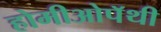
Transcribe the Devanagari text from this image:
होमीओपॅथी